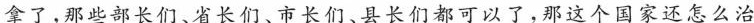
拿了，那些部长们、省长们、市长们、县长们都可以了，那这个国家还怎么治